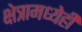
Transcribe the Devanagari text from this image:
क्षेत्रामध्येही